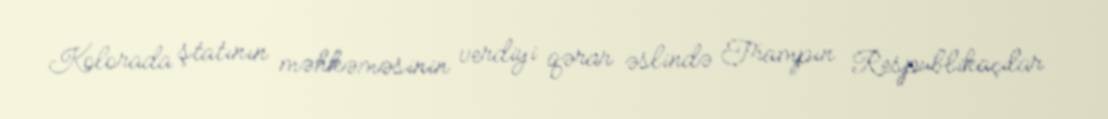
Kolorada ştatının məhkəməsinin verdiyi qərar əslində Trampın Respublikaçılar